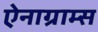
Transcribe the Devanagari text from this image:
ऐनाग्राम्स